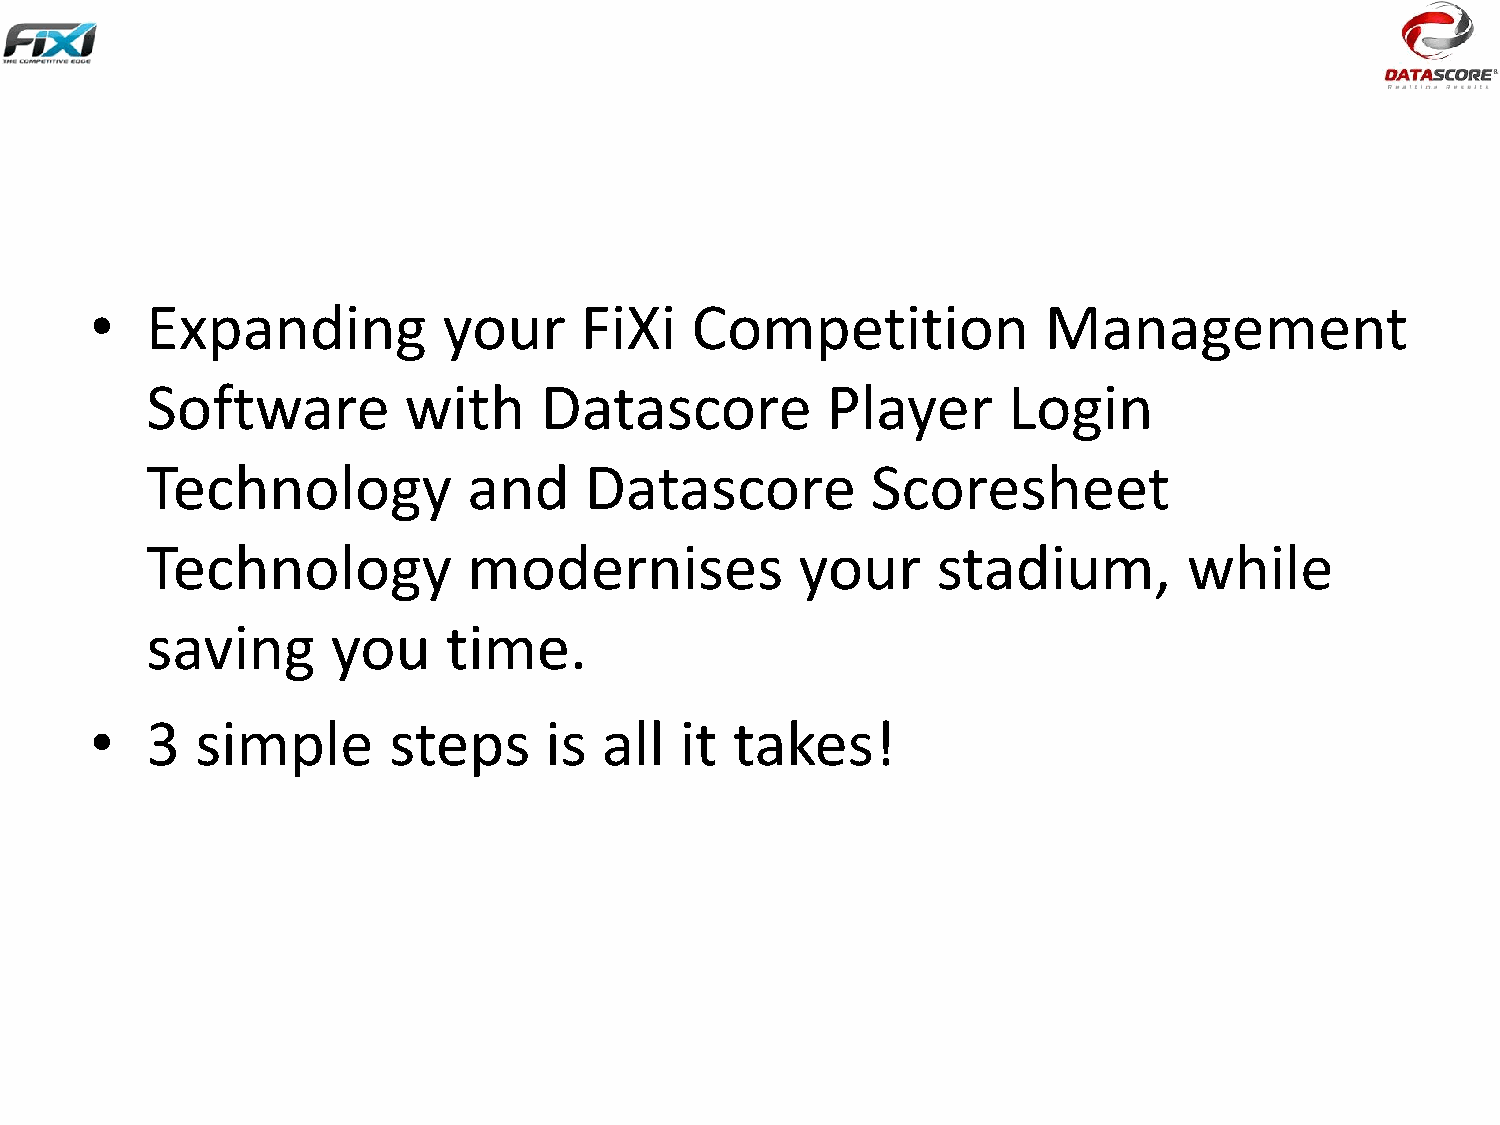
•   Expanding          your     FiXi    Competition            Management
 Software         with     Datascore          Player      Login
 Technology           and     Datascore          Scoresheet
 Technology           modernises            your     stadium,         while
 saving      you     time.
 •   3  simple       steps     is  all  it  takes!